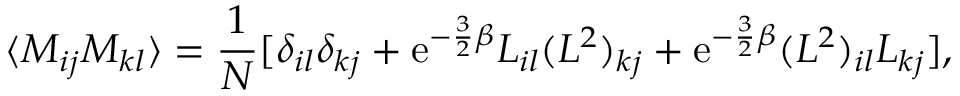
\langle M _ { i j } M _ { k l } \rangle = \frac { 1 } { N } [ \delta _ { i l } \delta _ { k j } + \mathrm { e } ^ { - \frac { 3 } { 2 } \beta } L _ { i l } ( L ^ { 2 } ) _ { k j } + \mathrm { e } ^ { - \frac { 3 } { 2 } \beta } ( L ^ { 2 } ) _ { i l } L _ { k j } ] ,